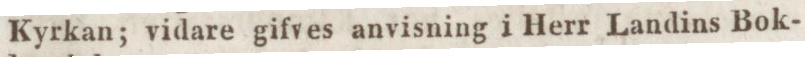
Kyrkan; vidare gifves anvisning i Herr Landins Bok-